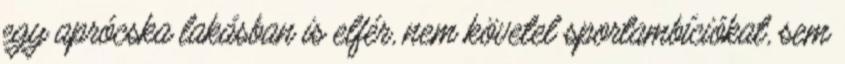
egy aprócska lakásban is elfér, nem követel sportambíciókat, sem